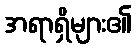
အရာရှိများ၏